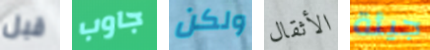
قبل جاوب ولكن الأثقال جيئة